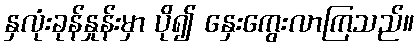
နှလုံးခုန်နှုန်းမှာ ပို၍ နှေးကွေးလာကြသည်။